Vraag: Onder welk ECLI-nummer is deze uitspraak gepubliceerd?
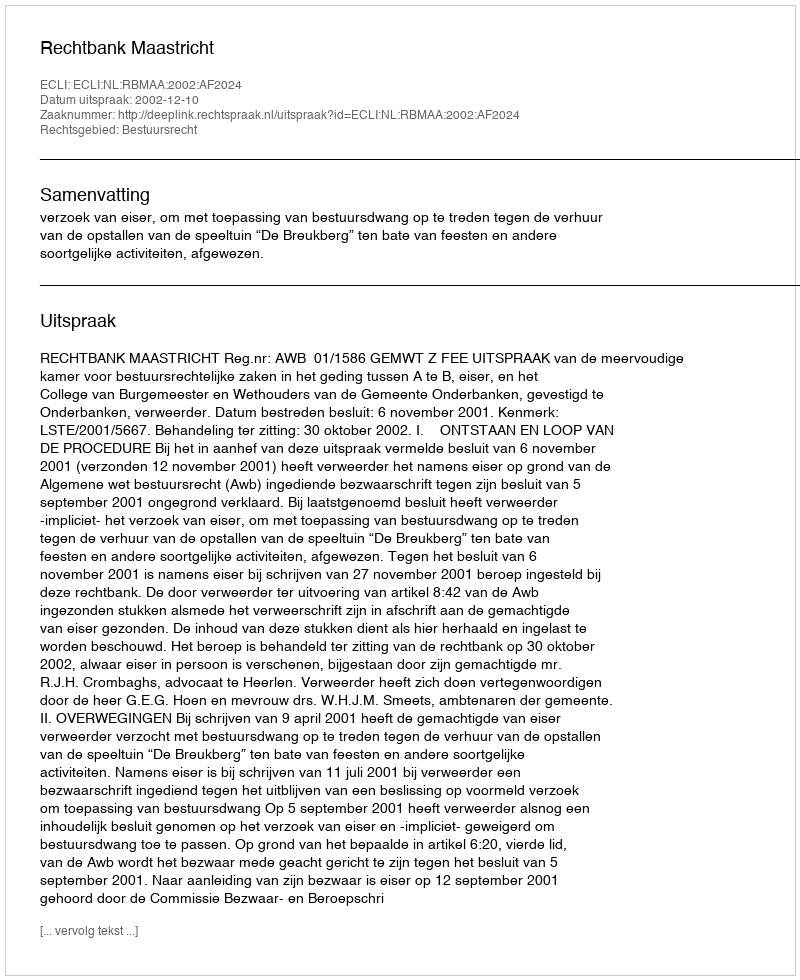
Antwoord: ECLI:NL:RBMAA:2002:AF2024